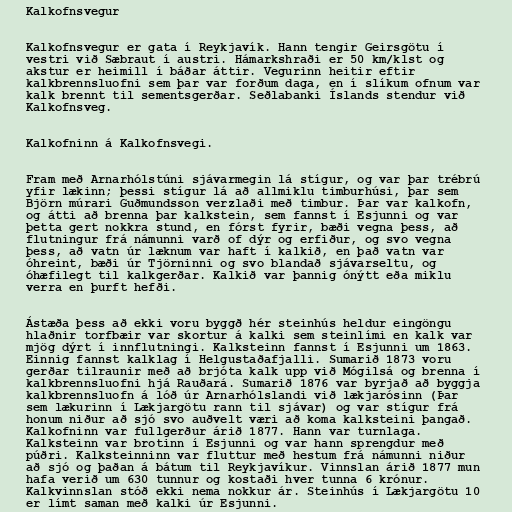
Kalkofnsvegur

Kalkofnsvegur er gata í Reykjavík. Hann tengir Geirsgötu í
vestri við Sæbraut í austri. Hámarkshraði er 50 km/klst og
akstur er heimill í báðar áttir. Vegurinn heitir eftir
kalkbrennsluofni sem þar var forðum daga, en í slíkum ofnum var
kalk brennt til sementsgerðar. Seðlabanki Íslands stendur við
Kalkofnsveg.

Kalkofninn á Kalkofnsvegi.

Fram með Arnarhólstúni sjávarmegin lá stígur, og var þar trébrú
yfir lækinn; þessi stígur lá að allmiklu timburhúsi, þar sem
Björn múrari Guðmundsson verzlaði með timbur. Þar var kalkofn,
og átti að brenna þar kalkstein, sem fannst í Esjunni og var
þetta gert nokkra stund, en fórst fyrir, bæði vegna þess, að
flutningur frá námunni varð of dýr og erfiður, og svo vegna
þess, að vatn úr læknum var haft í kalkið, en það vatn var
óhreint, bæði úr Tjörninni og svo blandað sjávarseltu, og
óhæfilegt til kalkgerðar. Kalkið var þannig ónýtt eða miklu
verra en þurft hefði.

Ástæða þess að ekki voru byggð hér steinhús heldur eingöngu
hlaðnir torfbæir var skortur á kalki sem steinlími en kalk var
mjög dýrt í innflutningi. Kalksteinn fannst í Esjunni um 1863.
Einnig fannst kalklag í Helgustaðafjalli. Sumarið 1873 voru
gerðar tilraunir með að brjóta kalk upp við Mógilsá og brenna í
kalkbrennsluofni hjá Rauðará. Sumarið 1876 var byrjað að byggja
kalkbrennsluofn á lóð úr Arnarhólslandi við lækjarósinn (Þar
sem lækurinn í Lækjargötu rann til sjávar) og var stígur frá
honum niður að sjó svo auðvelt væri að koma kalksteini þangað.
Kalkofninn var fullgerður árið 1877. Hann var turnlaga.
Kalksteinn var brotinn í Esjunni og var hann sprengdur með
púðri. Kalksteinninn var fluttur með hestum frá námunni niður
að sjó og þaðan á bátum til Reykjavíkur. Vinnslan árið 1877 mun
hafa verið um 630 tunnur og kostaði hver tunna 6 krónur.
Kalkvinnslan stóð ekki nema nokkur ár. Steinhús í Lækjargötu 10
er límt saman með kalki úr Esjunni.